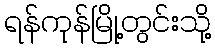
ရန်ကုန်မြို့တွင်းသို့